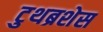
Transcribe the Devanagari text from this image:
टुथब्रशेस